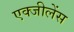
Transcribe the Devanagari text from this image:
एक्जीलेंस